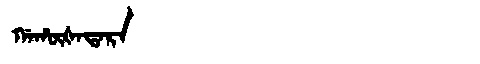
Manchu: ᡤᠠᡥᡡᡧᠠᡨᠠᡵᠠ
Romanization: GAHŪŠATARA